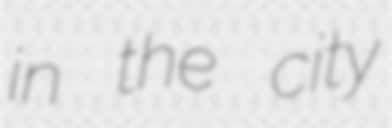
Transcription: in the city